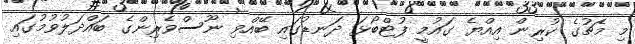
މި މެޗުގެ ކުރިން އިއްޔެ ގައުމީ ފުޓްބޯޅަ ދަނޑުގައި ބޭއްވި ނޫސްވެރިންގެ ބަައްދަލުވުމުގައި